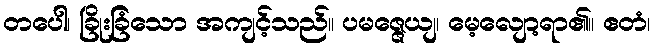
တပေါ၊ ခြိုးခြံသော အကျင့်သည်။ ပမဇ္ဇေယျ၊ မေ့လျော့ရာ၏။ ဧတံ၊